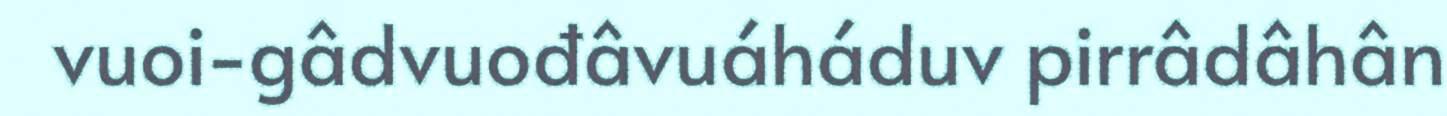
vuoi-gâdvuođâvuáháduv pirrâdâhân